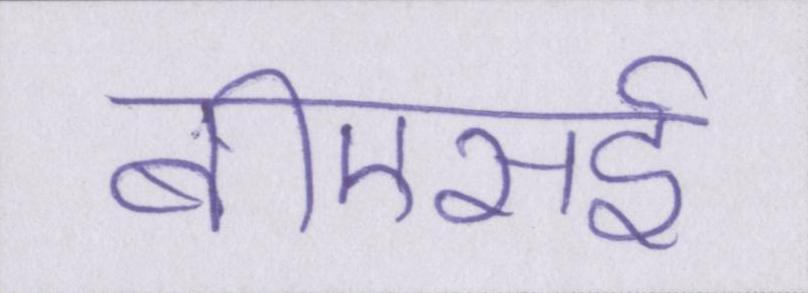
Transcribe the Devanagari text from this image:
बीएसई